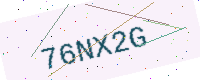
Text: 76NX2G